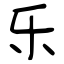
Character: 乐